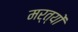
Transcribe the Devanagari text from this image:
मर्त्यों